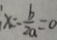
x = \frac { b } { 2 a } = 0